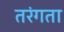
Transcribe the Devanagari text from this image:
तरंगता